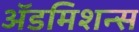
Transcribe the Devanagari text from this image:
अॅडमिशन्स